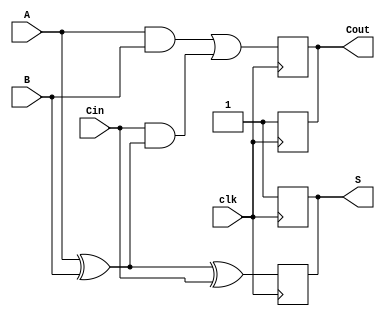
module dynamic_full_adder (
    input wire A,      // First input bit
    input wire B,      // Second input bit
    input wire Cin,    // Carry-in bit
    input wire clk,    // Clock signal
    output reg S,      // Sum output
    output reg Cout    // Carry-out output
);

    // Internal signals for evaluation phase
    wire S_eval;
    wire Cout_eval;

    // Precharge phase: Initialize outputs to high during the precharge phase
    always @(posedge clk) begin
        S <= 1'b1;        // Precharge S
        Cout <= 1'b1;     // Precharge Cout
    end

    // Evaluation phase: Calculate outputs based on inputs A, B, and Cin
    always @(negedge clk) begin
        S <= A ^ B ^ Cin; // Sum output using XOR
        Cout <= (A & B) | (Cin & (A ^ B)); // Carry-out output
    end

endmodule